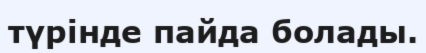
түрінде пайда болады.